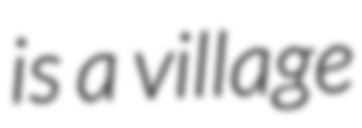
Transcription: is a village